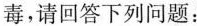
毒，请回答下列问题：